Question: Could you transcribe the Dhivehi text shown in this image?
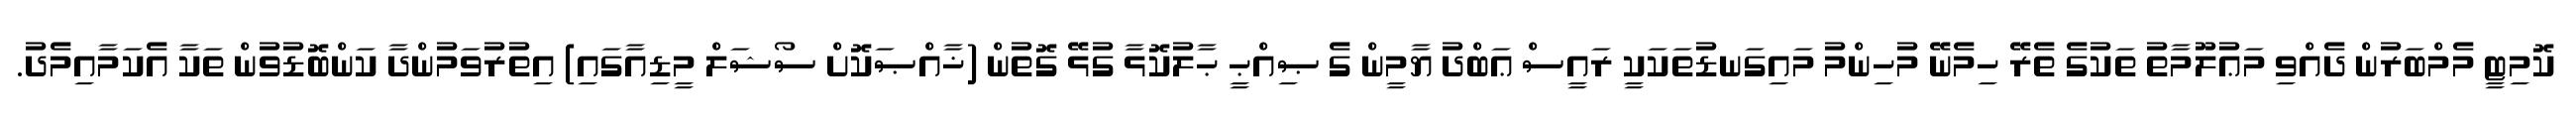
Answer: ކޮމިޓީ މެމްބަރުން ދެއްވި މަޢުލޫމާތު ތަކުގެ ތެރޭ ހިމެނޭ މުހިންމު މައިގަނޑުތަކަކީ ރައީސް ޢަބްދު ޔާމީން ގެ ޞިއްޙީ ޙާލުކޮޅާ ގުޅޭ ގޮތުން (ޚާއްޞަކޮށް ސޯޝަލް މީޑިއާގައި) އިތުރުވަމުންދާ ކަންބޮޑުވުން ތަކާ އެކަމާއިމެދު.